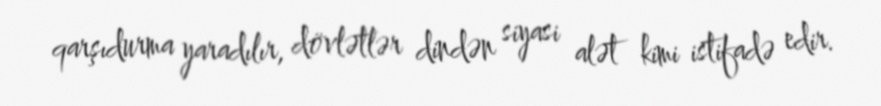
qarşıdurma yaradılır, dövlətlər dindən siyasi alət kimi istifadə edir.